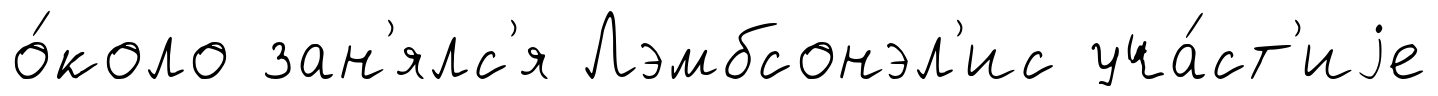
о́коло зан'ялс'я Лэмбсонэл'ис уча́ст'иjе